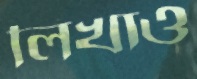
লিখাও